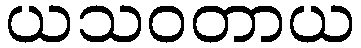
ယသဝတာယ